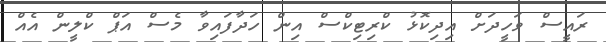
ރައީސް ވަހީދަށް އިދިކޮޅު ކްރިޓިކްސް އިން ހަދާފައިވާ މެސް އަޕް ކްލީން އެއް